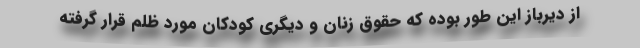
از دیرباز این طور بوده که حقوق زنان و دیگری کودکان مورد ظلم قرار گرفته